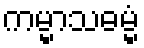
ကမ္မာသဓမ္မံ